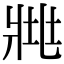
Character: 𤕿